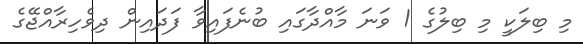
މި ބިލަކީ މި ބިލުގެ 1 ވަނަ މާއްދާގައި ބުނެފައިވާ ފަދައިން ދިވެހިރާއްޖޭގެ